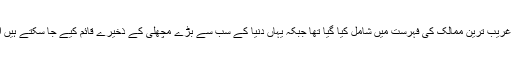
اسی طرح بنگلہ دیش کو بھی ماضی میں غریب ترین ممالک کی فہرست میں شامل کیا گیا تھا جبکہ یہاں دنیا کے سب سے بڑے مچھلی کے ذخیرے قائم کیے جا سکتے ہیں اور یہ بہت ہی سرسبز و شاداب ملک ہے۔